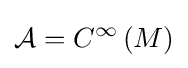
{\mathcal {A}}=C^{\infty }\left(M\right)